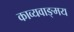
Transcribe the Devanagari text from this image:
काव्यवाङ्‌मय